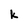
Character: k